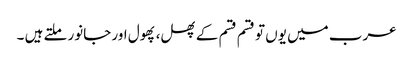
عرب میں یوں تو قسم قسم کے پھل، پھول اور جانور ملتے ہیں ۔